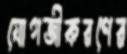
যোগজীকরণের